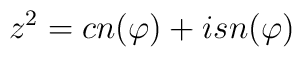
z^2 = cn(\varphi) + i sn(\varphi)